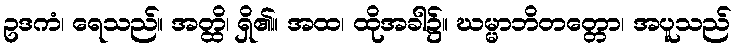
ဥဒကံ၊ ရေသည်။ အတ္ထိ၊ ရှိ၏။ အထ၊ ထိုအခါ၌။ ဃမ္မာဘိတတ္တော၊ အပူသည်